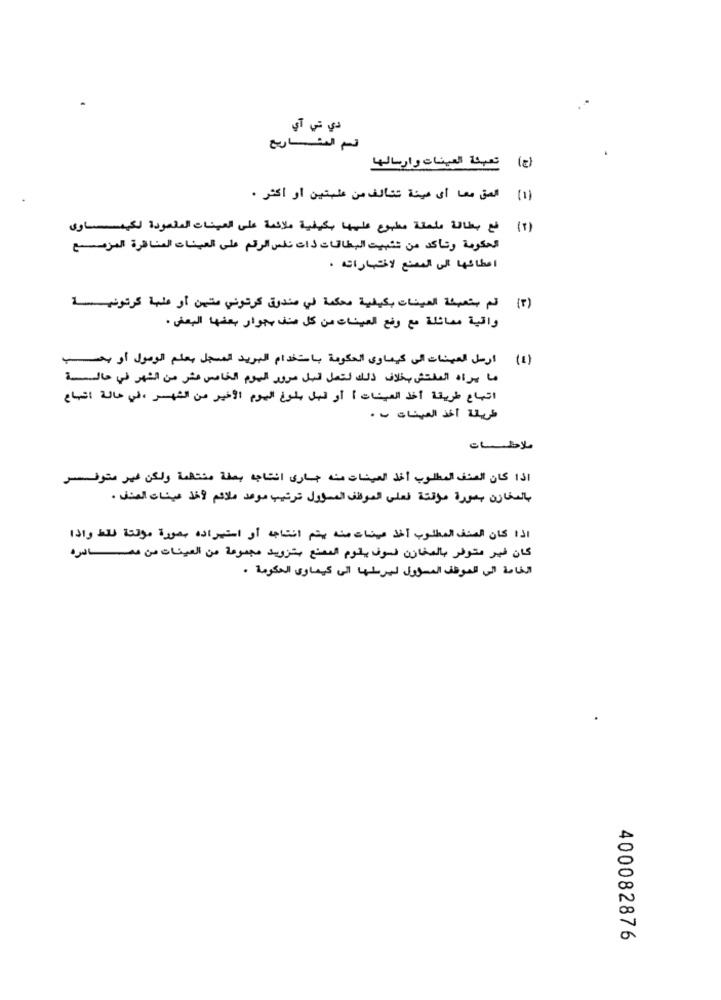
دي تي آي
قسم المشـاريع
(ج) تعبئة العينات وارسالها
(١) المق معا أى هيئة تتألف من علبتين أو أكثر .
(٢) فع بطاقة ملعقة مطبوع عليها بكيفية ملائمة على العينات المالعودة لكيماوى
الحكومة وتأكد من شثبيت البطاقات ذات نفس الرقم على العينات المناظرة المزمع
اعطائها إلى المصنع لاختباراته .
(٣) قم بتعبئة العينات بكيفية محكمة في صندوق كرتوني متين أو علبة كرتونية
واقية مماثلة مع وضع العينات من كل منف بجوار بعضها البعض .
ارسل العينات الى كيماوى الحكومة باستخدام البريد المسجل بعلم الوصول أو بحسب
(٤)
ما يراه المفتش بخلاف ذلك لتعل قبل مرور اليوم الخامس عشر من الشهر في حالسة
اتباع طريقة أخذ العينات) أو قبل بلوغ اليوم الأخير من الشهر، في حالة إتباع
طريقة أخذ العينات ب .
ملاحظــات
اذا كان العنف المطلوب أخذ العينات منه جارى انتاجه بصفة منتظمة ولكن غير متوفر
بالمخازن بصورة مؤقتة فعلى الموظف المسؤول ترتيب موعد ملائم لأخذ عينات العنف .
اذا كان الصنف المطلوب أخذ عينات منه يتم انتاجه أو استيراده بصورة مؤقتة فاقط واذا
كان غير متوفر بالمخازن فسوف يقوم المصنع بتزويد مجموعة من العينات من مصادره
الخاصة الى الموظف المسؤول ليرسلها الى كيماوى الحكومة .
400082876